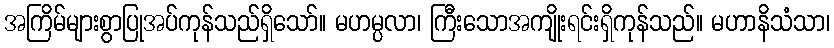
အကြိမ်များစွာပြုအပ်ကုန်သည်ရှိသော်။ မဟမ္ပလာ၊ ကြီးသောအကျိုးရင်းရှိကုန်သည်။ မဟာနိသံသာ၊